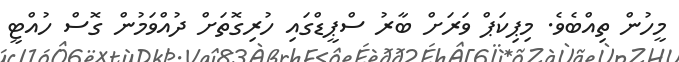
މީހުން ތިއްބެވެ. މިޕިކަޕް ވަރަށް ބާރު ސްޕީޑްގައި ހުރިގޮތަށް ދުއްވަމުން ގޮސް ހުއްޓީ